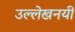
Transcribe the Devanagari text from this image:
उल्लेखनयी